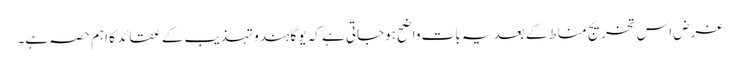
غرض اس تخریج مناط کے بعد یہ بات واضح ہوجاتی ہے کہ یوگا ہندو تہذیب کے عقائد کا اہم حصہ ہے۔